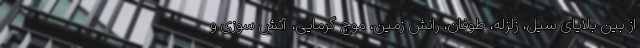
از بین بلایای سیل، زلزله، طوفان، رانش زمین، موج گرمایی، آتش سوزی و